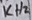
Text: KHz